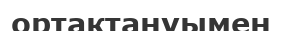
ортақтануымен